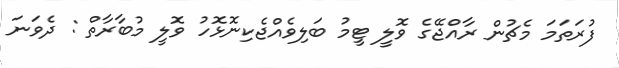
ފުރަތަމަ މެޗުން ރާއްޖޭގެ ވޮލީ ޓީމު ބަލިވެއްޖެކިނޮޅޮހު ވޮލީ މުބާރާތް : ދެވަނަ